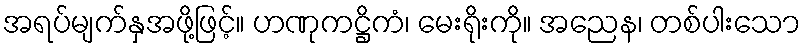
အရပ်မျက်နှအဖို့ဖြင့်။ ဟဏုကဋ္ဌိကံ၊ မေးရိုးကို။ အညေန၊ တစ်ပါးသော